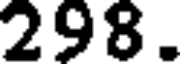
298.